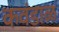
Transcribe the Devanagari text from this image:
कवंडाळ